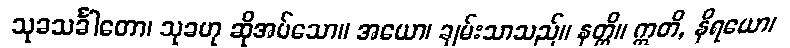
သုခသင်္ခါတော၊ သုခဟု ဆိုအပ်သော။ အယော၊ ချမ်းသာသည်။ နတ္ထိ။ ဣတိ, နိရယော၊